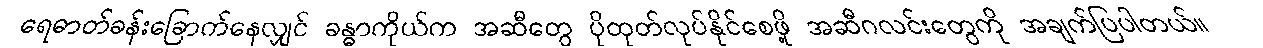
ရေဓာတ်ခန်းခြောက်နေလျှင် ခန္ဓာကိုယ်က အဆီတွေ ပိုထုတ်လုပ်နိုင်စေဖို့ အဆီဂလင်းတွေကို အချက်ပြပါတယ်။